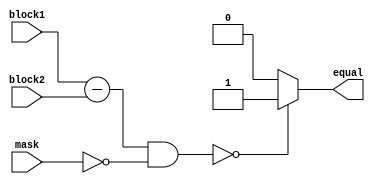
module Masked_Comparator(
    input wire [31:0] block1,
    input wire [31:0] block2,
    input wire [31:0] mask,
    output reg equal
);

reg [31:0] diff;
reg [31:0] masked_diff;

always @* begin
    diff = block1 - block2;
    masked_diff = diff & ~mask;
    
    if (masked_diff == 0) begin
        equal = 1;
    end else begin
        equal = 0;
    end
end

endmodule